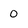
Character: 0